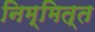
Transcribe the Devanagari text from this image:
निम्मित्त